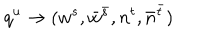
LaTeX: q ^ { u } \to ( w ^ { s } , \bar { w } ^ { \bar { s } } , n ^ { t } , \bar { n } ^ { \bar { t } } )